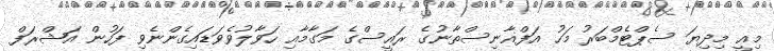
މިއީ މިދިޔަ ސެޕްޓެމްބަރު މަހު އަފްޣާނިސްތާނުގެ ރައީސްގެ މަގާމާއި ހަވާލުވެވަޑައިގެންނެވި ފަހުން އަޝްރަފް